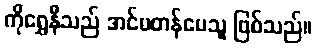
ကိုရွှေနီသည် အင်မတန်ပေသူ ဖြစ်သည်။